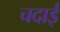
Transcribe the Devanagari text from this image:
चदाई